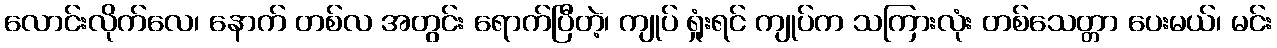
လောင်းလိုက်လေ၊ နောက် တစ်လ အတွင်း ရောက်ပြီတဲ့၊ ကျုပ် ရှုံးရင် ကျုပ်က သကြားလုံး တစ်သေတ္တာ ပေးမယ်၊ မင်း